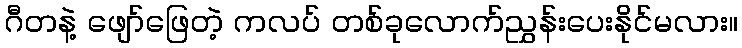
ဂီတနဲ့ ဖျော်ဖြေတဲ့ ကလပ် တစ်ခုလောက်ညွှန်းပေးနိုင်မလား။